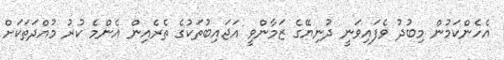
އެހެންކަމުން މިބުދު ވެފައިވަނީ ދުނިޔޭގެ ޒަމާންވީ އަޖައިބުތަކުގެ ތެރެއިން އެންމެ ކުރު މުއްދަތަކަށް